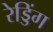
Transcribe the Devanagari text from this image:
रेड्डिंग